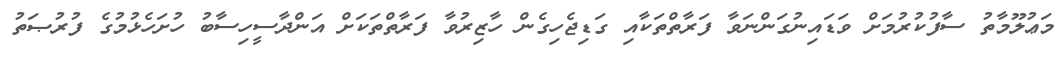
މަޢުލޫމާތު ސާފުކުރުމަށް ވަޑައިނުގަންނަވާ ފަރާތްތަކާއި ގަޑިޖެހިގެން ހާޒިރުވާ ފަރާތްތަކަށް އަންދާސީހިސާބު ހުށަހެޅުމުގެ ފުރުޞަތު